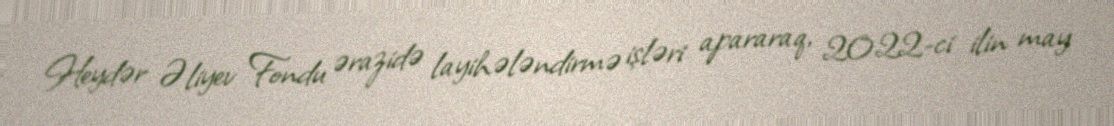
Heydər Əliyev Fondu ərazidə layihələndirmə işləri apararaq, 2022-ci ilin may